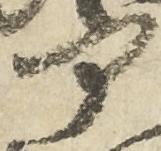
部